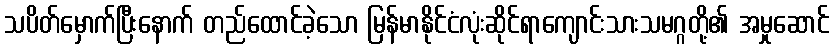
သပိတ်မှောက်ပြီးနောက် တည်ထောင်ခဲ့သော မြန်မာနိုင်ငံလုံးဆိုင်ရာကျောင်းသားသမဂ္ဂတို့၏ အမှုဆောင်